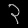
Digit: ၃